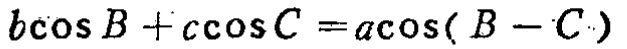
\(b\cos B + c\cos C = a\cos(B - C)\)